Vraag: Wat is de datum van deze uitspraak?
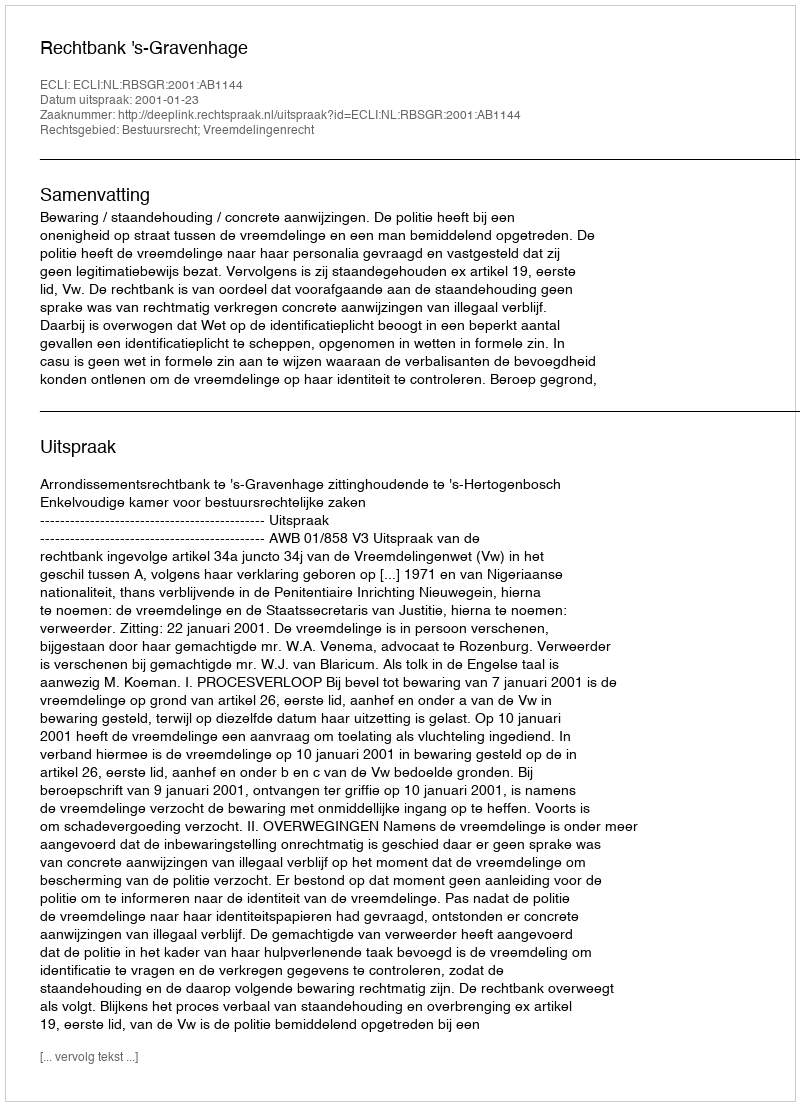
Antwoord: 2001-01-23